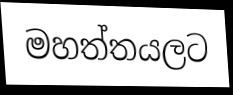
මහත්තයලට